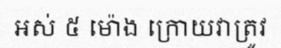
អស់ ៥ ម៉ោង ក្រោយវាត្រូវ